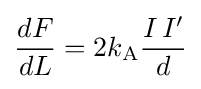
{\frac {dF}{dL}}=2k_{\rm {A}}{\frac {I\,I^{\prime }}{d}}